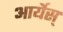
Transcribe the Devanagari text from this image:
आर्येस्